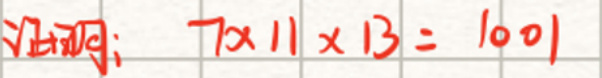
计算：\(7\times11\times13 = 1001\)